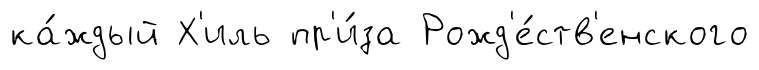
ка́ждый Х'иль пр'и́за Рожд'е́ств'енского